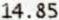
14.85